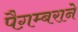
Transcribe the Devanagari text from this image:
पैग़म्बराने